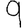
Digit: 9